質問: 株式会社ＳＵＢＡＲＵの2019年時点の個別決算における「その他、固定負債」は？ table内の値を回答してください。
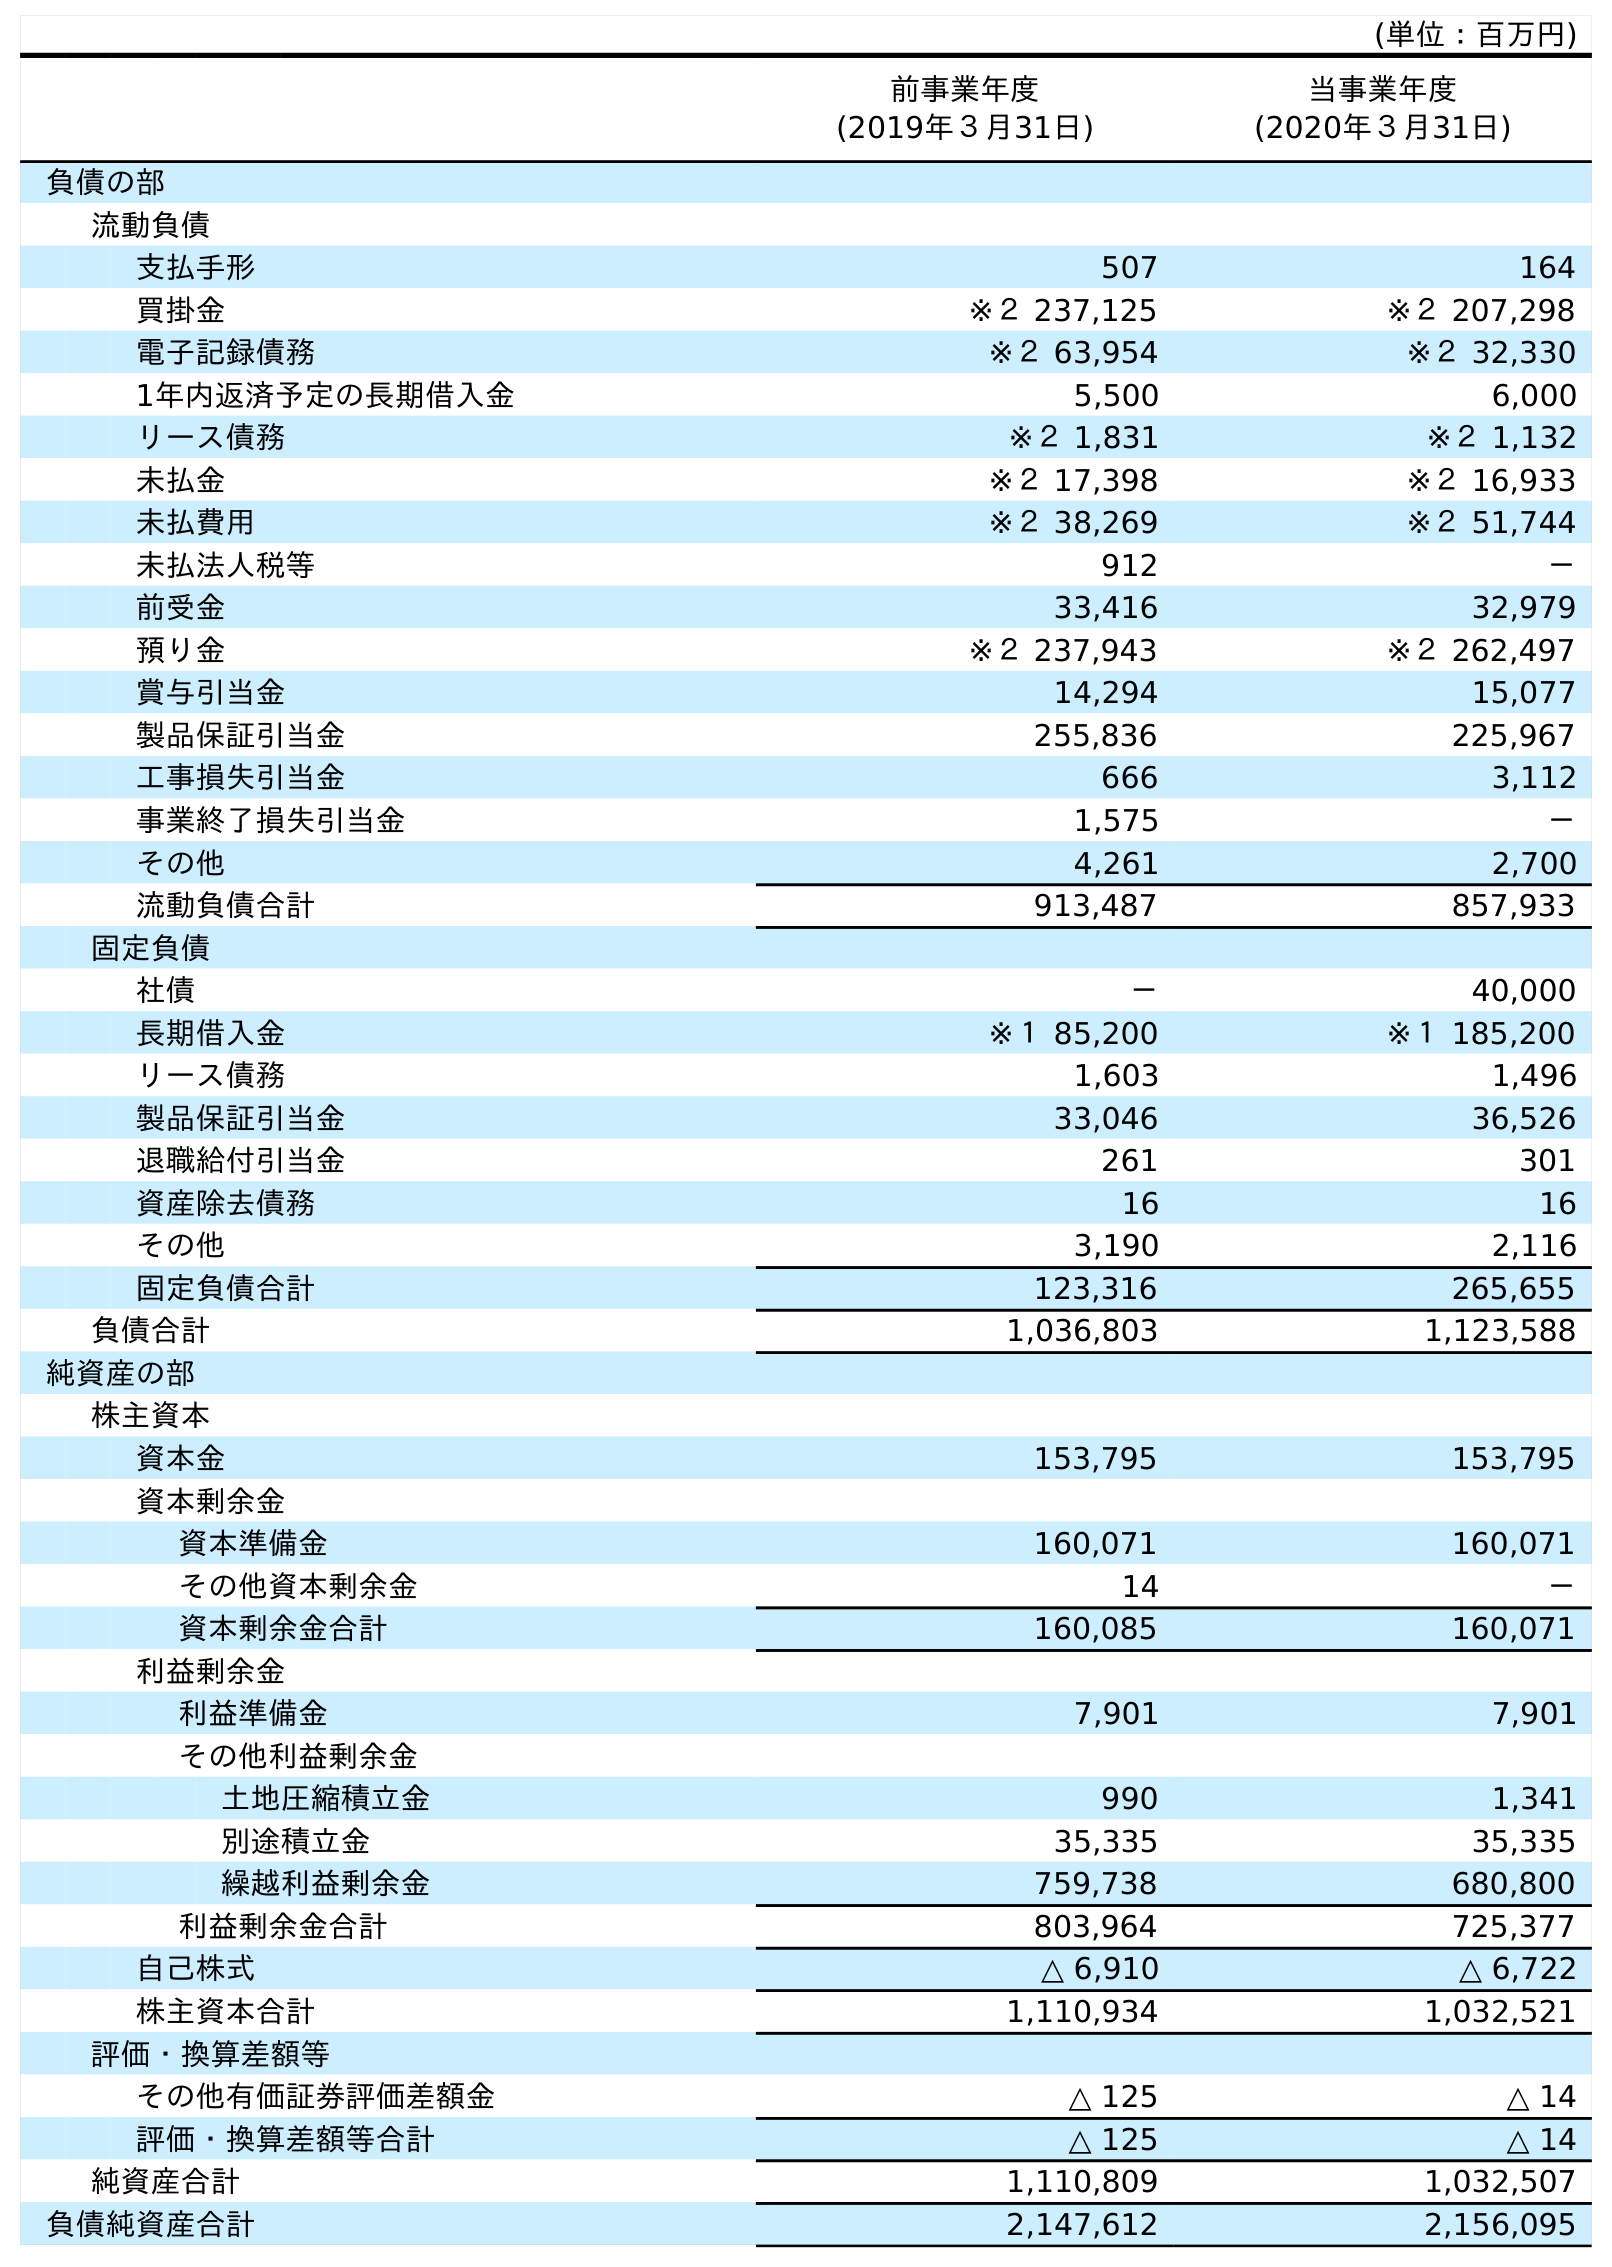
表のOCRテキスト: (単位：百万円) 前事業年度 (2019年３月31日) 当事業年度 (2020年３月31日) 負債の部 流動負債 支払手形 507 164 買掛金 ※２ 237,125 ※２ 207,298 電子記録債務 ※２ 63,954 ※２ 32,330 1年内返済予定の長期借入金 5,500 6,000 リース債務 ※２ 1,831 ※２ 1,132 未払金 ※２ 17,398 ※２ 16,933 未払費用 ※２ 38,269 ※２ 51,744 未払法人税等 912 － 前受金 33,416 32,979 預り金 ※２ 237,943 ※２ 262,497 賞与引当金 14,294 15,077 製品保証引当金 255,836 225,967 工事損失引当金 666 3,112 事業終了損失引当金 1,575 － その他 4,261 2,700 流動負債合計 913,487 857,933 固定負債 社債 － 40,000 長期借入金 ※１ 85,200 ※１ 185,200 リース債務 1,603 1,496 製品保証引当金 33,046 36,526 退職給付引当金 261 301 資産除去債務 16 16 その他 3,190 2,116 固定負債合計 123,316 265,655 負債合計 1,036,803 1,123,588 純資産の部 株主資本 資本金 153,795 153,795 資本剰余金 資本準備金 160,071 160,071 その他資本剰余金 14 － 資本剰余金合計 160,085 160,071 利益剰余金 利益準備金 7,901 7,901 その他利益剰余金 土地圧縮積立金 990 1,341 別途積立金 35,335 35,335 繰越利益剰余金 759,738 680,800 利益剰余金合計 803,964 725,377 自己株式 △ 6,910 △ 6,722 株主資本合計 1,110,934 1,032,521 評価・換算差額等 その他有価証券評価差額金 △ 125 △ 14 評価・換算差額等合計 △ 125 △ 14 純資産合計 1,110,809 1,032,507 負債純資産合計 2,147,612 2,156,095
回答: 3,190